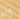
علي